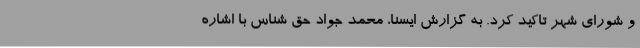
و شورای شهر تاکید کرد. به گزارش ایسنا، محمد جواد حق شناس با اشاره